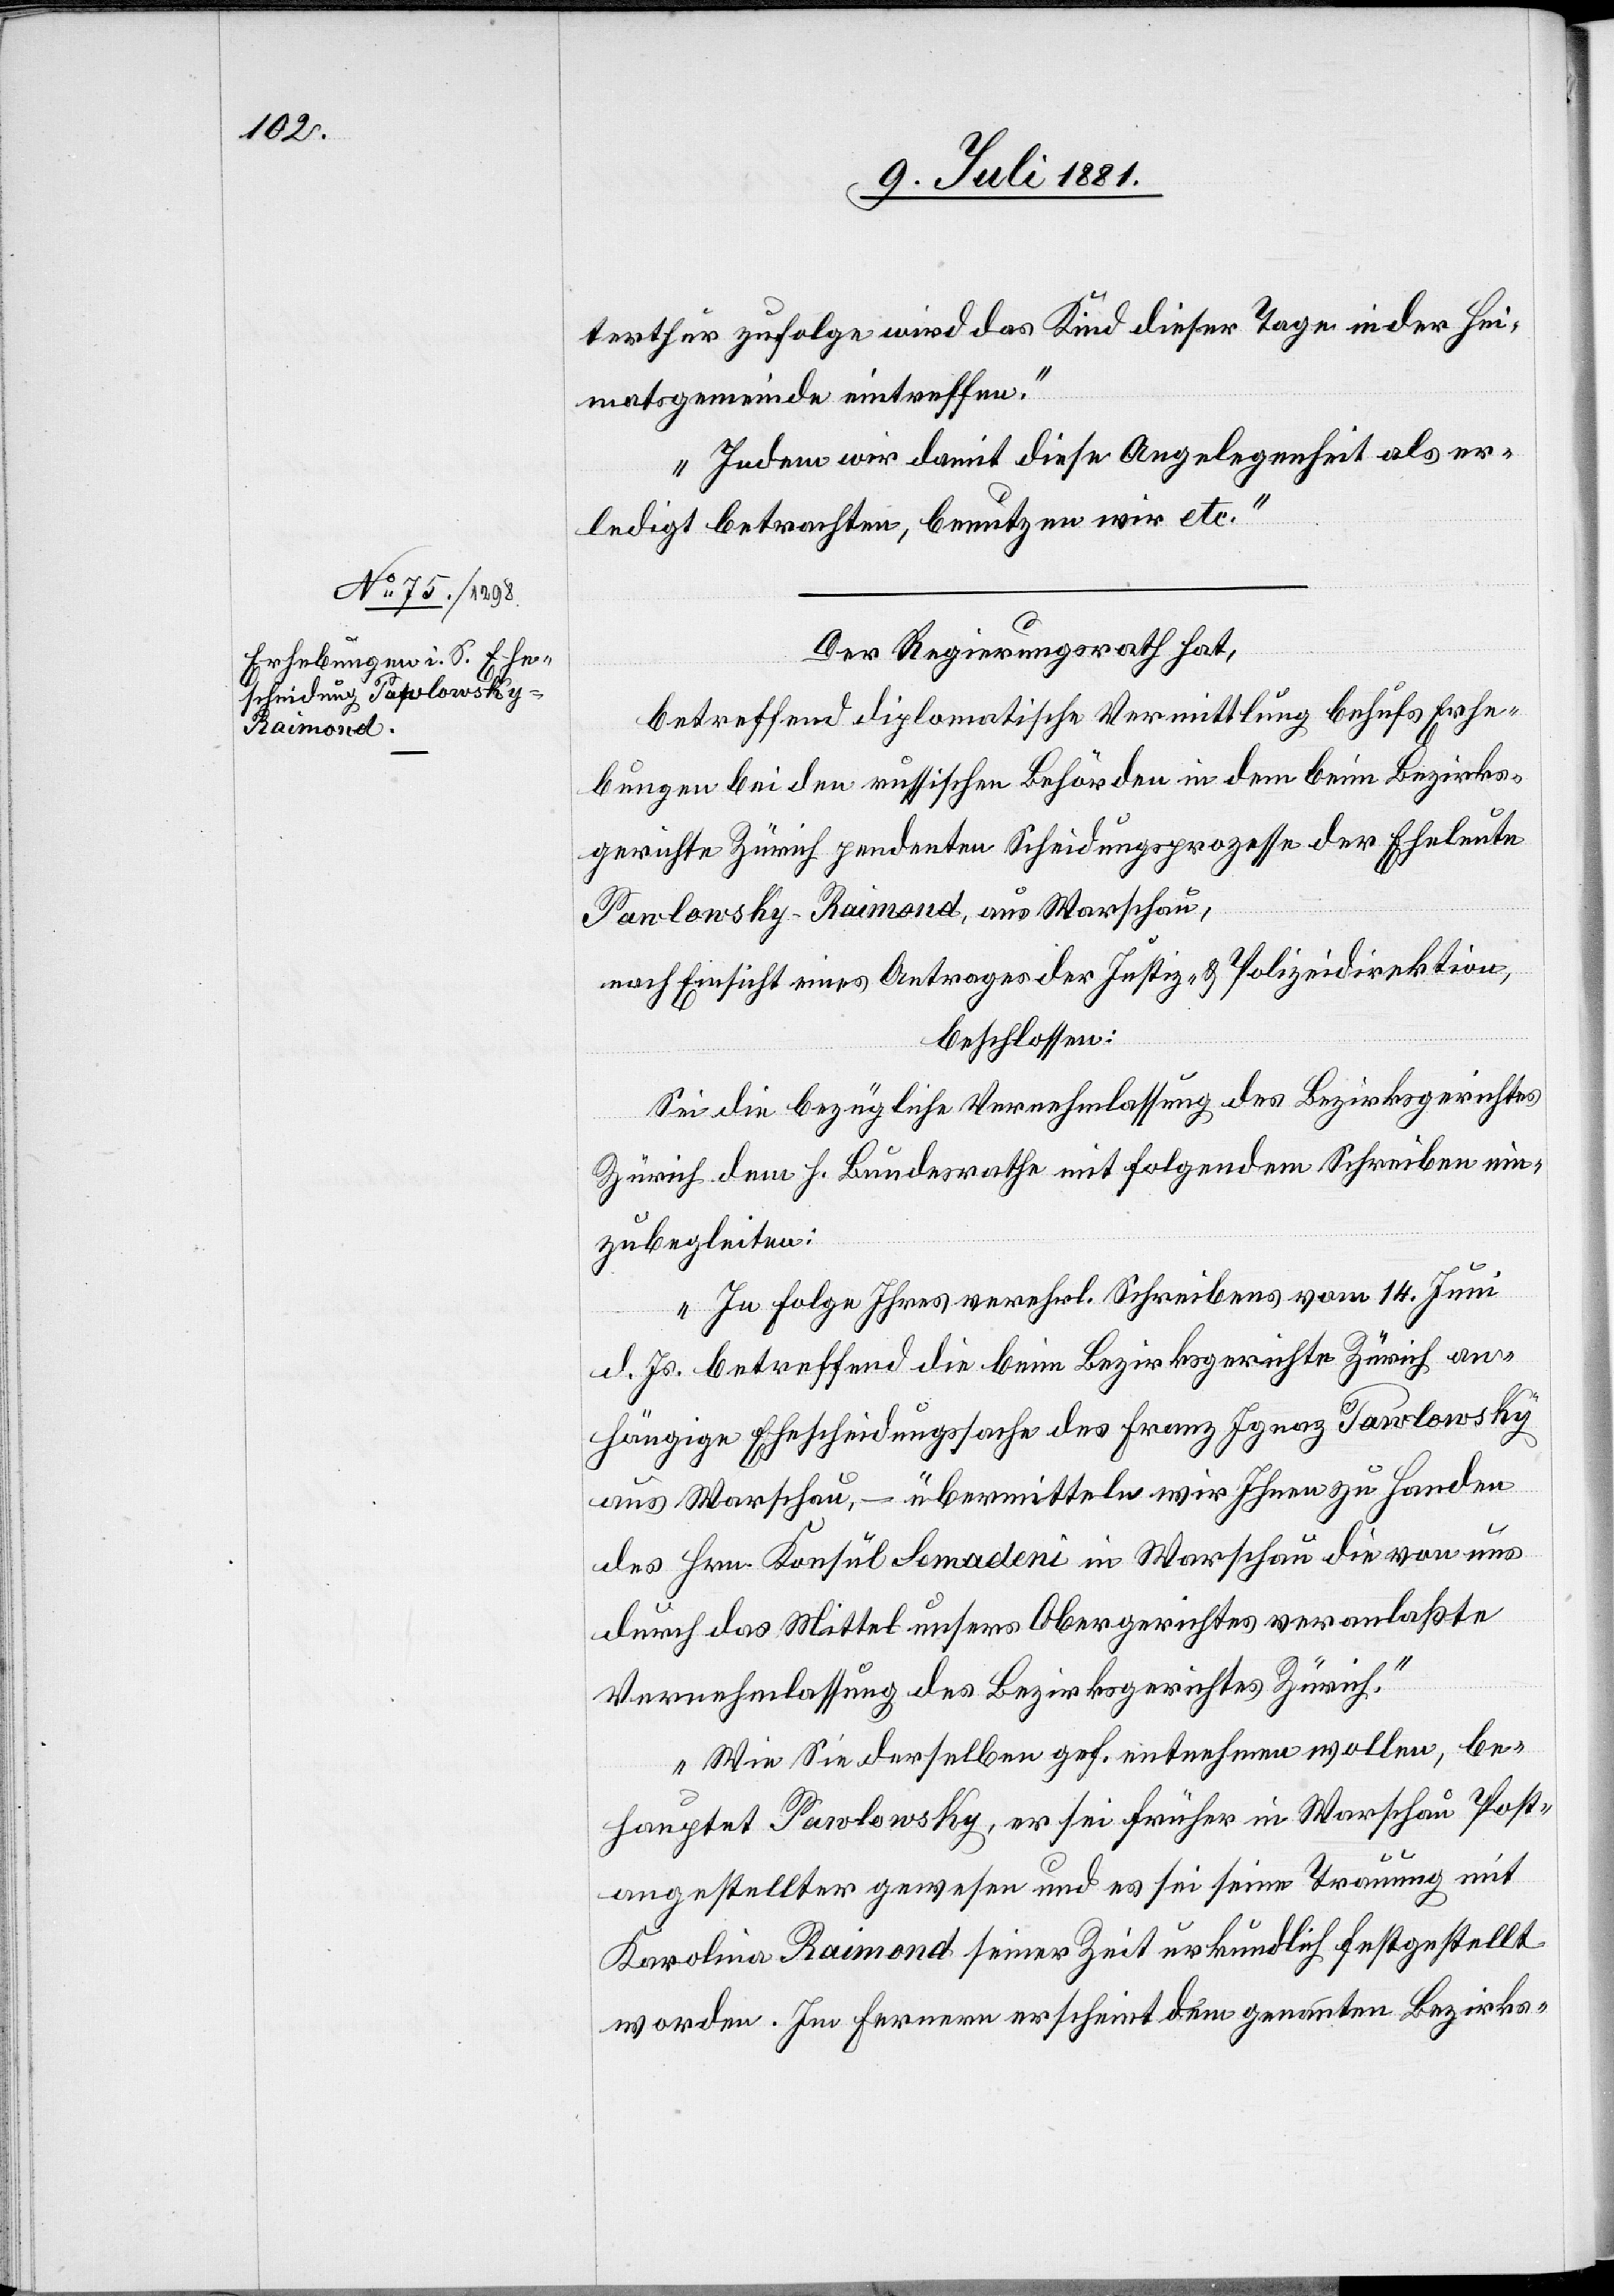
terthur zufolge wird das Kind dieser Tage in der Hei¬
matsgemeinde eintreffen.
Indem wir damit diese Angelegenheit als er¬
ledigt betrachten, benutzen wir etc.“
Der Regierungsrath hat,
betreffend diplomatische Vermittlung behufs Erhe¬
bungen bei den russischen Behörden in dem beim Bezirks¬
gericht Zürich pendenten Scheidungsprozesse der Eheleute
Pawlonsky-Raimond, aus Warschau,
nach Einsicht eines Antrages der Justiz- & Polizeidirektion,
beschlossen:
Sei die bezügliche Vernehmlassung des Bezirksgerichtes
Zürich dem h. Bundesrathe mit folgendem Schreiben ein¬
zubegleiten:
„In Folge Ihres verehrl. Schreibens vom 14. Juni
d. Js. betreffend die beim Bezirksgerichte Zürich an¬
hängige Ehescheidungssache des Franz Ignaz Pawlonsky,
aus Warschau, – übermitteln wir Ihnen zu Handen
des Hrn. Konsul Lomadeni in Warschau die von uns
durch das Mittel unsers Obergerichtes veranlaßte
Vernehmlassung des Bezirksgerichtes Zürich.
Wie Sie derselben gef. entnehmen wollen, be¬
hauptet Pawlonsky, er sei früher in Warschau Post¬
angestellter gewesen und es sei seine Trauung mit
Karolina Raimond seiner Zeit urkundlich festgestellt
worden. Im Fernern erscheint dem genannten Bezirks-